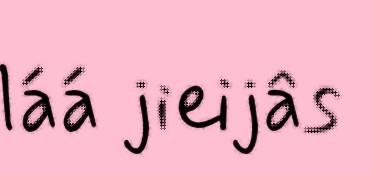
láá jieijâs